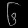
Digit: ၆